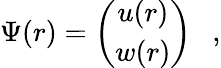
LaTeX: \Psi(r)=\left(\begin{array}{c}{{u(r)}}\\ {{w(r)}}\end{array}\right)\ \ \ ,